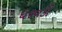
ધરવડી